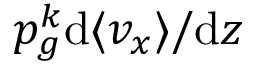
p _ { g } ^ { k } \mathrm { d } \langle v _ { x } \rangle / \mathrm { d } z